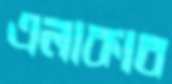
এলাকাব